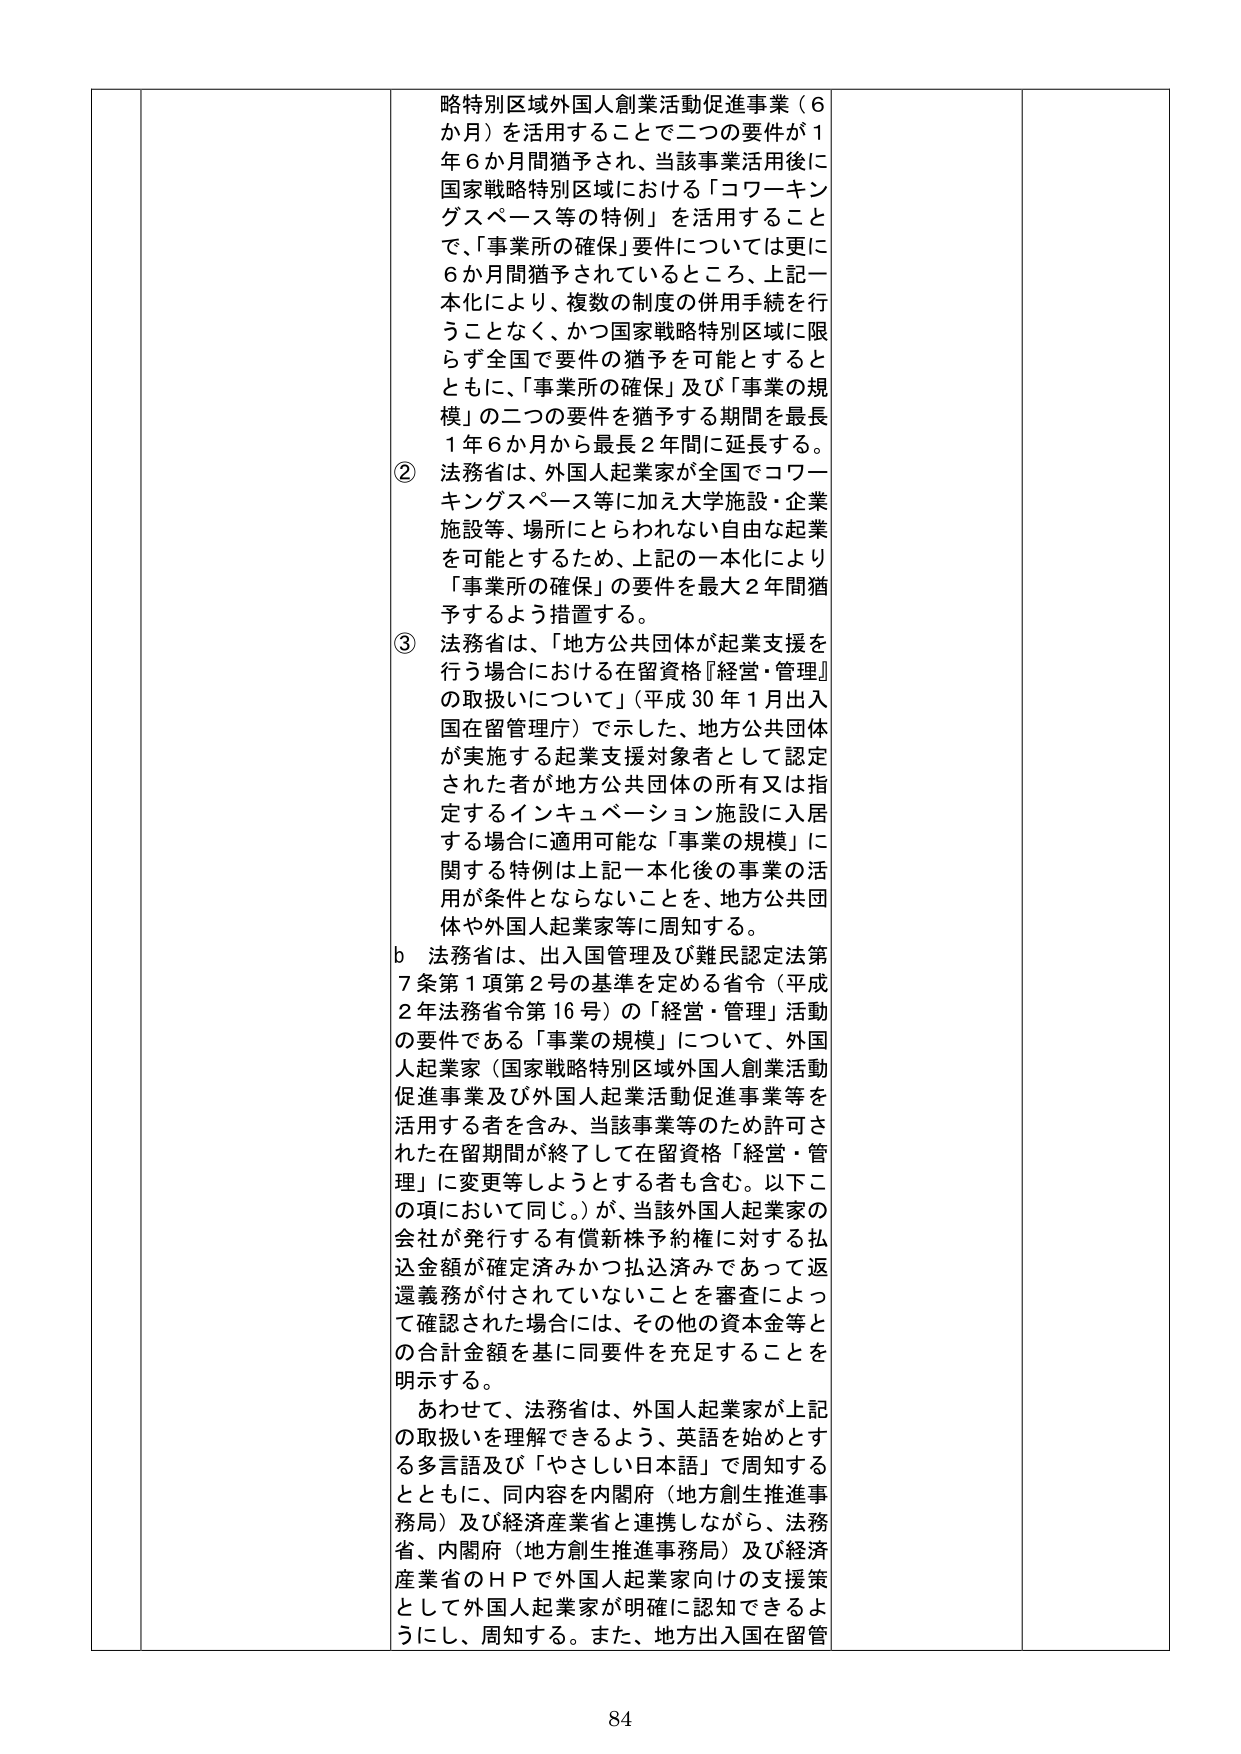
略特別区域外国人創業活動促進事業（６か月）を活用することで二つの要件が１年６か月間猶予され、当該事業活用後に国家戦略特別区域における「コワーキングスペース等の特例」を活用することで、「事業所の確保」要件については更に６か月間猶予されているところ、上記一本化により、複数の制度の併用手続を行うことなく、かつ国家戦略特別区域に限らず全国で要件の猶予を可能とするとともに、「事業所の確保」及び「事業の規模」の二つの要件を猶予する期間を最長１年６か月から最長２年間に延長する。

② 法務省は、外国人起業家が全国でコワーキングスペース等に加え大学施設・企業施設等、場所にとらわれない自由な起業を可能とするため、上記の一本化により「事業所の確保」の要件を最大２年間猶予するよう措置する。

③ 法務省は、「地方公共団体が起業支援を行う場合における在留資格『経営・管理』の取扱いについて」（平成30年1月出入国在留管理庁）で示した、地方公共団体が実施する起業支援対象者として認定された者が地方公共団体の所有又は指定するインキュベーション施設に入居する場合に適用可能な「事業の規模」に関する特例は上記一本化後の事業の活用が条件とならないことを、地方公共団体や外国人起業家等に周知する。

b 法務省は、出入国管理及び難民認定法第7条第1項第2号の基準を定める省令（平成2年法務省令第16号）の「経営・管理」活動の要件である「事業の規模」について、外国人起業家（国家戦略特別区域外国人創業活動促進事業及び外国人起業活動促進事業等を活用する者を含み、当該事業等のため許可された在留期間が終了して在留資格「経営・管理」に変更等しようとする者も含む。以下この項において同じ。）が、当該外国人起業家の会社が発行する有償新株予約権に対する払込金額が確定済みかつ払込済みであって返還義務が付されていないことを審査によって確認された場合には、その他の資本金等との合計金額を基に同要件を充足することを明示する。

あわせて、法務省は、外国人起業家が上記の取扱いを理解できるよう、英語を始めとする多言語及び「やさしい日本語」で周知するとともに、同内容を内閣府（地方創生推進事務局）及び経済産業省と連携しながら、法務省、内閣府（地方創生推進事務局）及び経済産業省のＨＰで外国人起業家向けの支援策として外国人起業家が明確に認知できるようにし、周知する。また、地方出入国在留管

84